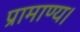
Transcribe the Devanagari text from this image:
प्रामाण्य।